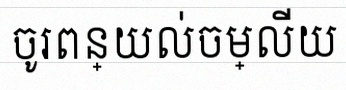
ចូរពន្យល់ចម្លើយ